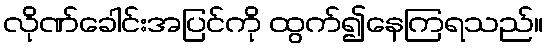
လိုဏ်ခေါင်းအပြင်ကို ထွက်၍နေကြရသည်။